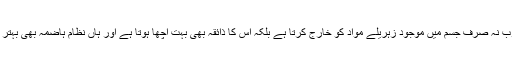
یہ مشروب نہ صرف جسم میں موجود زہریلے مواد کو خارج کرتا ہے بلکہ اس کا ذائقہ بھی بہت اچھا ہوتا ہے اور ہاں نظام ہاضمہ بھی بہتر ہوتا ہے۔